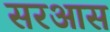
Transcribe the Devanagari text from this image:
सरआस